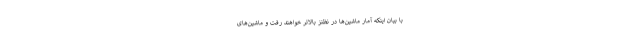
با بیان اینکه آمار ماشین‌ها در نظنز بالاتر خواهند رفت و ماشین‌های